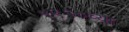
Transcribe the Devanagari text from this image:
१९१०च्या